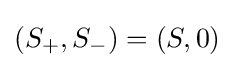
(S_{+},S_{-})=(S,0)